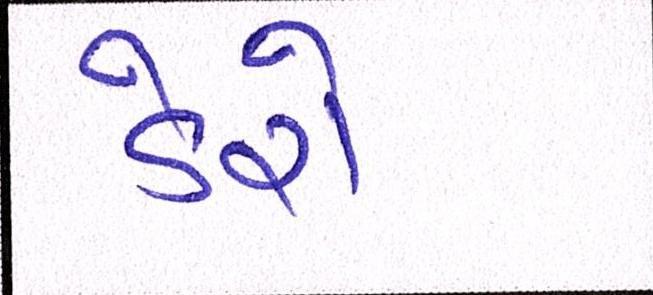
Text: ડેરો